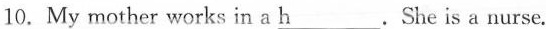
10. My mother works in a _h.She is a nurse. 10. My mother works in a \underline{h}.She is a nurse.